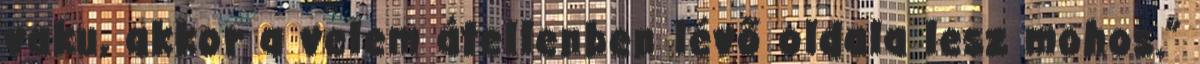
vaku, akkor a velem átellenben lévő oldala lesz mohos.”